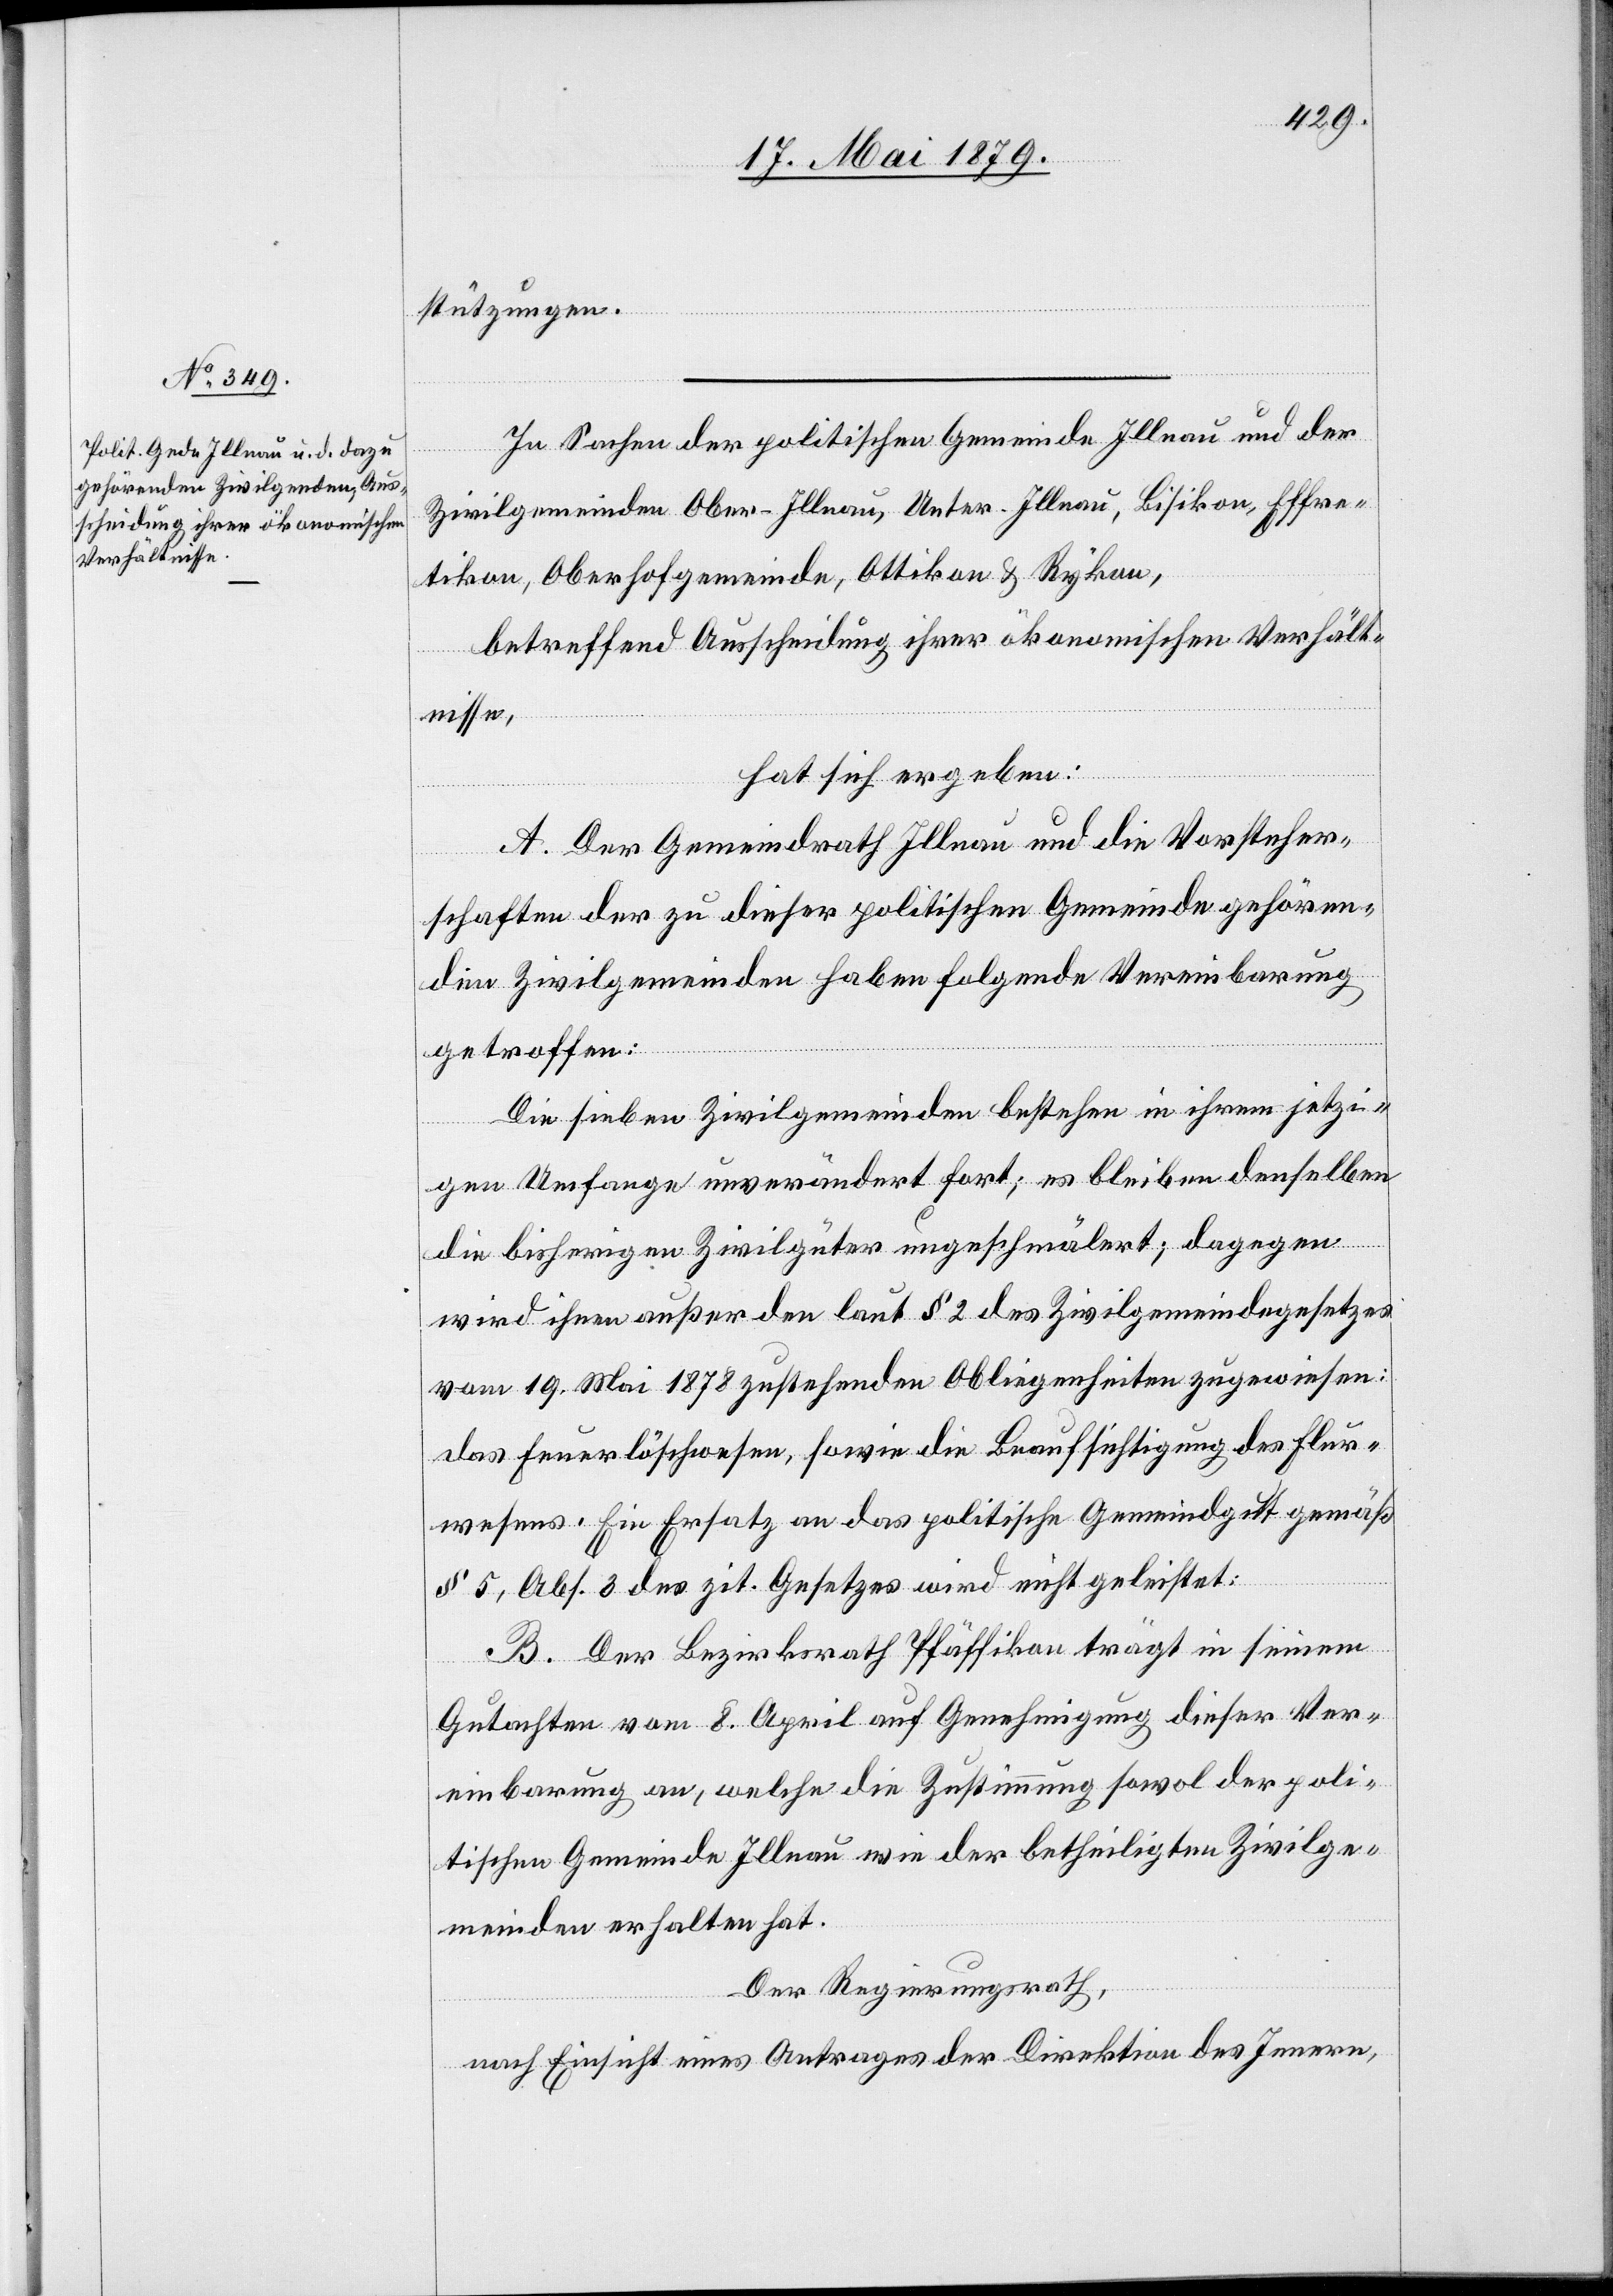
stützungen.
In Sachen der politischen Gemeinde Illnau und der
Zivilgemeinden Ober-Illnau, Unter-Illnau, Bisikon, Effre¬
tikon, Oberhofgemeinde, Ottikon & Rykon,
betreffend Ausscheidung ihrer ökonomischen Verhält¬
nisse,
hat sich ergeben:
A. Der Gemeindrath Illnau und die Vorsteher¬
schaften der zu dieser politischen Gemeinde gehören¬
den Zivilgemeinden haben folgende Vereinbarung
getroffen:
Die sieben Zivilgemeinden bestehen in ihrem jetzi¬
gen Umfange unverändert fort; es bleiben denselben
die bisherigen Zivilgüter ungeschmälert; dagegen
wird ihnen außer den laut § 2 des Zivilgemeindegesetzes
vom 19. Mai 1878 zustehenden Obliegenheiten zugewiesen:
das Feuerlöschwesen, sowie die Beaufsichtigung des Flur¬
wesens. Ein Ersatz an das politische Gemeindgut gemäß
§ 5, Abs. 3 des zit. Gesetzes wird nicht geleistet.
B. Der Bezirksrath Pfäffikon trägt in seinem
Gutachten vom 8. April auf Genehmigung dieser Ver¬
einbarung an, welche die Zustimmung sowol der poli¬
tischen Gemeinde Illnau wie der betheiligten Zivilge¬
meinden erhalten hat.
Der Regierungsrath,
nach Einsicht eines Antrages der Direktion des Innern,